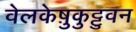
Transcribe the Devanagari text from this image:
वेलकेष़ुकुट्टुवन